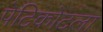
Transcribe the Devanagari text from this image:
पेटिकोटला